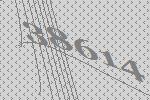
38614